Language: tamil
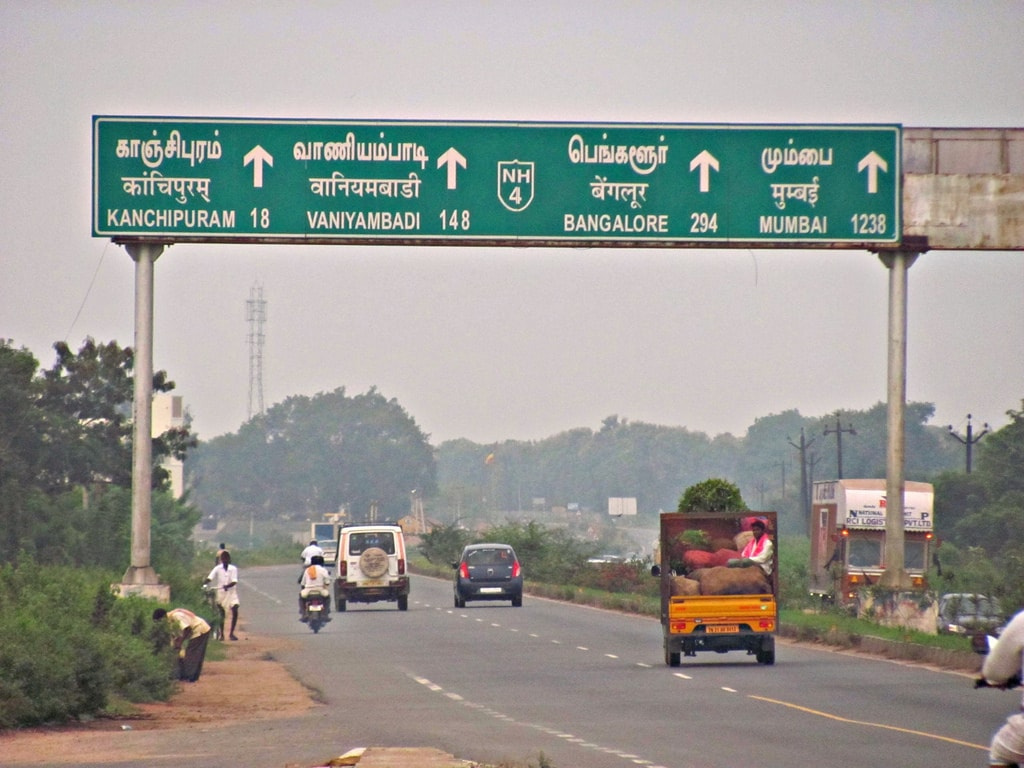
Transcription: வாணியம்பாடி பெங்களூர் மும்பை காஞ்சிபுரம்